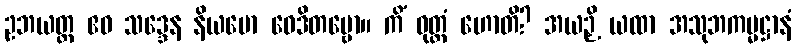
ဥဘယတ္ထ ဧဝ သဒ္ဒေန နိယမော ဝေဒိတဗ္ဗော။ ကိံ ဝုတ္တံ ဟောတိ? အယဉှိ ယထာ အသုဘကမ္မဋ္ဌာနံ